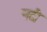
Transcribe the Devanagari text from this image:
नदौ